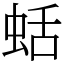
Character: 蛞